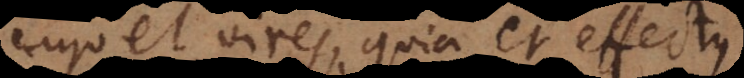
Ergo et vires, quia et effectus,